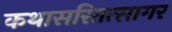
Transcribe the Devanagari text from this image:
कथासरितत्सागर